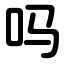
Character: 吗